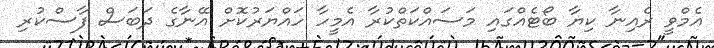
އެމްވީ ރެއިނާ ކިޔާ ބޯޓެއްގައި މަސައްކަތްކުރާ އެމީހާ ހައްޔަރުކޮށް އޭނާގެ ދަބަސް ފާސްކުރި